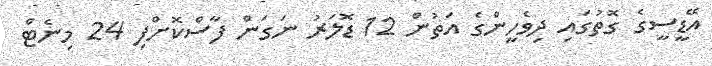
އޭޑީސީގެ ގޮތުގައި ދިވެހީންގެ އަތުން 12 ޑޮލަރު ނަގަން ފާސްކޮށްފި 24 މިނެޓް